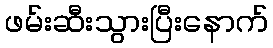
ဖမ်းဆီးသွားပြီးနောက်